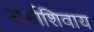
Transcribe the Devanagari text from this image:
गर्भाशिवाय